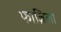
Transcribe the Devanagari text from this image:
फाज़िला